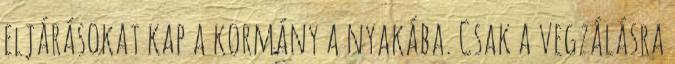
eljárásokat kap a kormány a nyakába. Csak a vegzálásra